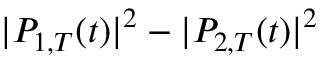
| P _ { 1 , T } ( t ) | ^ { 2 } - | P _ { 2 , T } ( t ) | ^ { 2 }